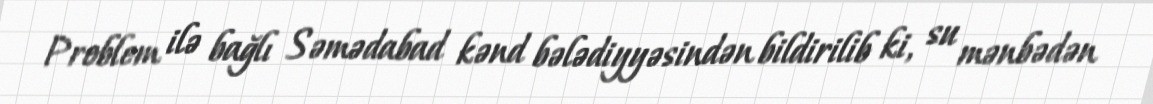
Problem ilə bağlı Səmədabad kənd bələdiyyəsindən bildirilib ki, su mənbədən